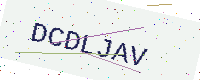
Text: DCDLJAV